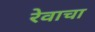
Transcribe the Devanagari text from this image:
रेवाचा